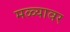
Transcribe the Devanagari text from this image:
मळ्यावर